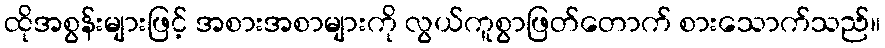
ထိုအစွန်းများဖြင့် အစားအစာများကို လွယ်ကူစွာဖြတ်တောက် စားသောက်သည်။